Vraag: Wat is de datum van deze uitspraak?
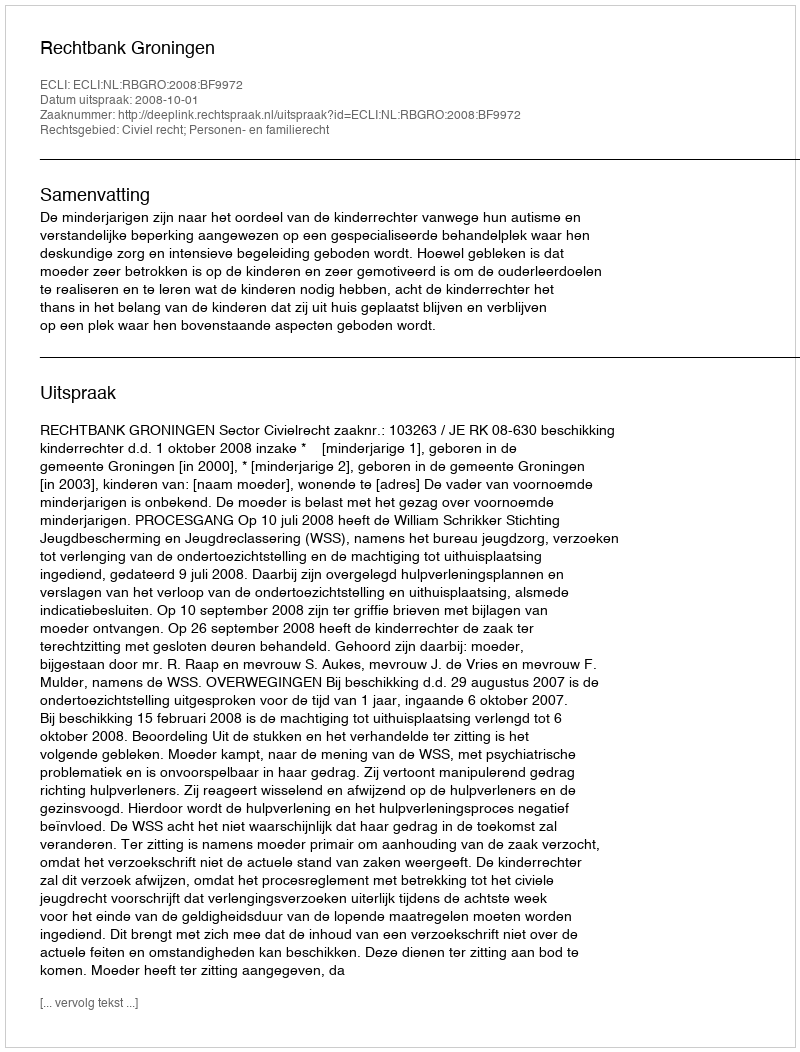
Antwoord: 2008-10-01